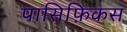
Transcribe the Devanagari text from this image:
पासिफ़िकस